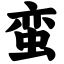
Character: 蛮